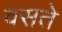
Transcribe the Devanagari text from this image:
वसते